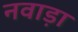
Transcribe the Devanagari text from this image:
नवाड़ा